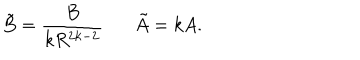
LaTeX: \tilde { B } = \frac { B } { k R ^ { 2 k - 2 } } \tilde { A } = k A .